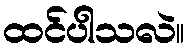
ထင်ပါသလဲ။